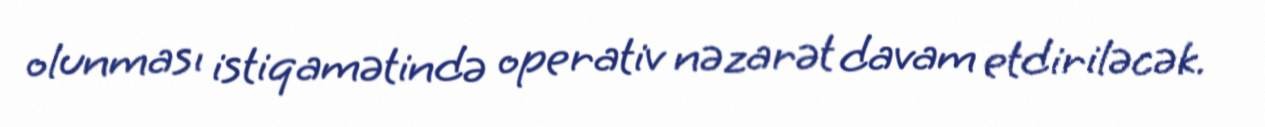
olunması istiqamətində operativ nəzarət davam etdiriləcək.